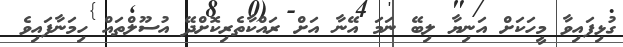
ގުޅިފައިވާ މީހަކަށް އަނިޔާ ލިބޭ ނަމަ އޭނާ އަށް ރައްކާތެރިކޮށްދޭ އުސޫލްތައް ހިމަނާފައިވެ